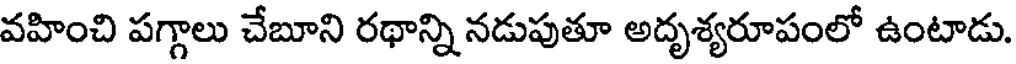
వహించి పగ్గాలు చేబూని రథాన్ని నడుపుతూ అదృశ్యరూపంలో ఉంటాడు.